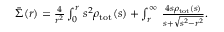
\begin{array} { r } { \bar { \Sigma } ( r ) = \frac { 4 } { r ^ { 2 } } \int _ { 0 } ^ { r } \d s \, s ^ { 2 } \rho _ { \mathrm { t o t } } ( s ) + \int _ { r } ^ { \infty } \d s \, \frac { 4 s \rho _ { \mathrm { t o t } } ( s ) } { s + \sqrt { s ^ { 2 } - r ^ { 2 } } } . } \end{array}